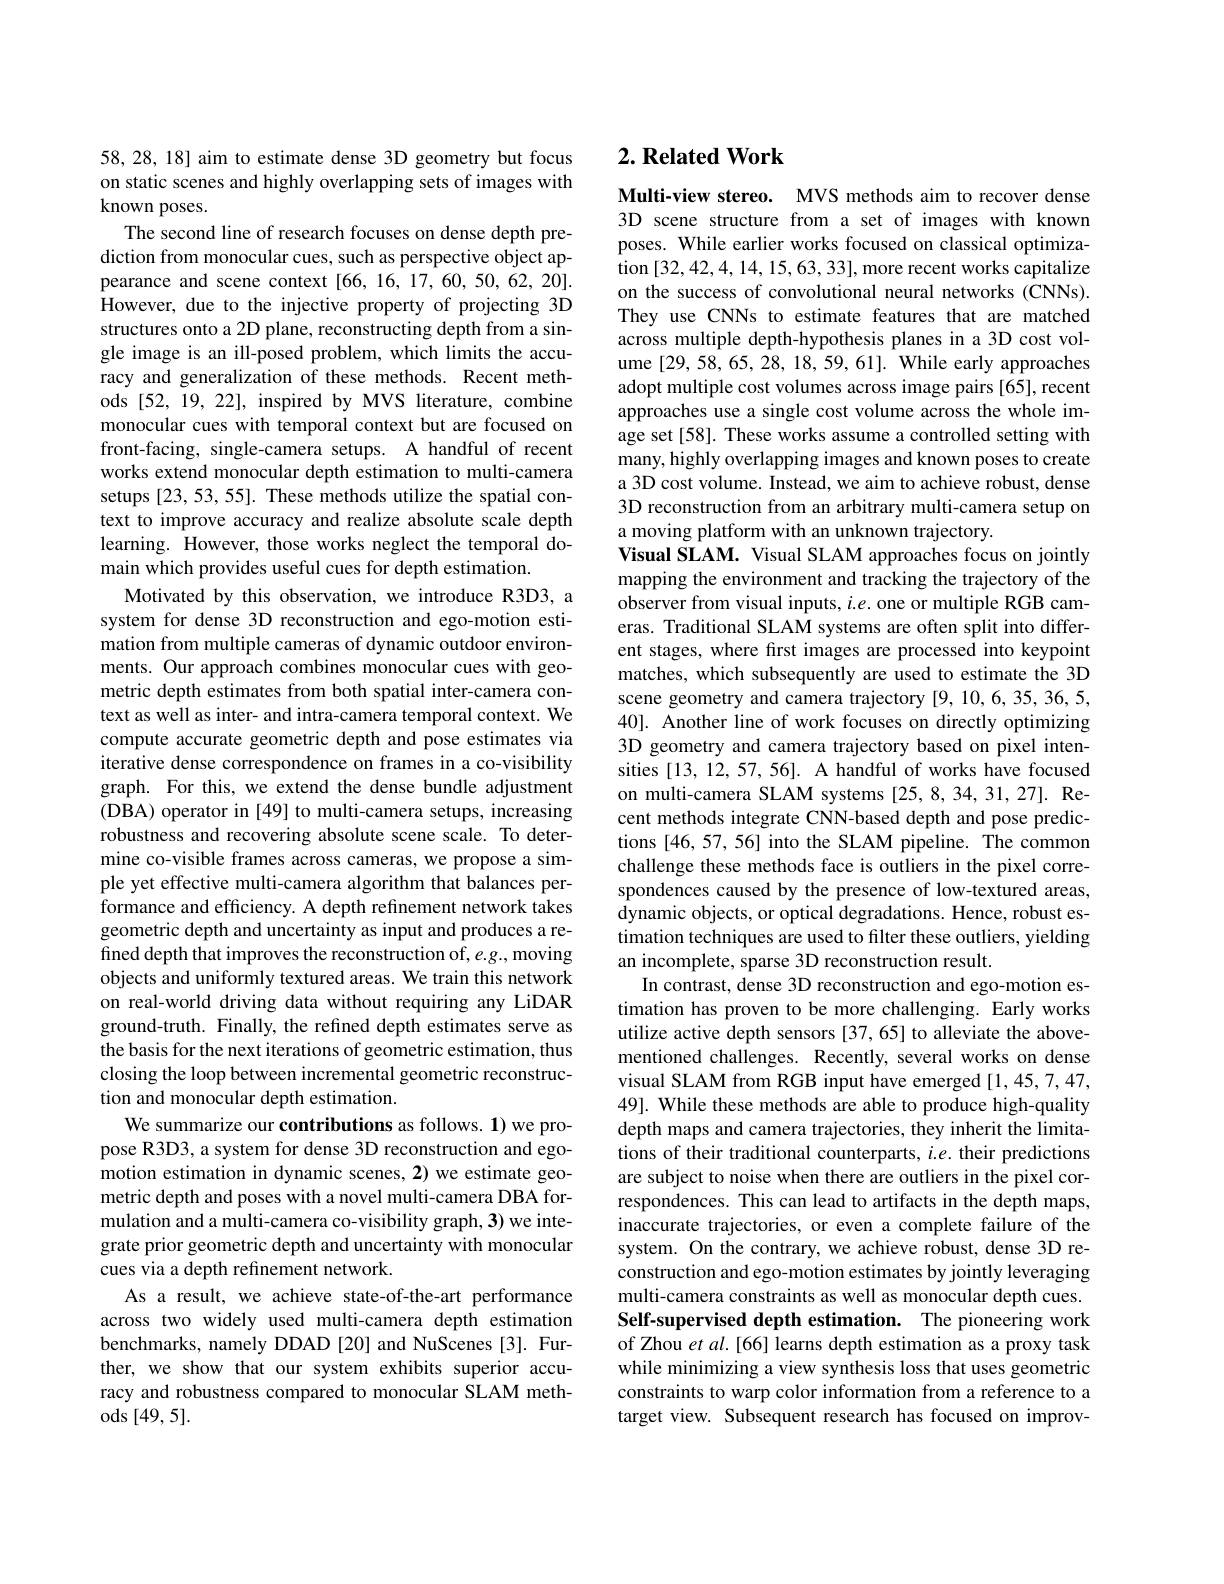
58, 28, 18] aim to estimate dense 3D geometry but focus on static scenes and highly overlapping sets of images with known poses.
The second line of research focuses on dense depth prediction from monocular cues, such as perspective object appearance and scene context[66,16,17,60,50,62,20]. However, due to the injective property of projecting 3D structures onto a 2D plane, reconstructing depth from a single image is an ill-posed problem, which limits the accuracy and generalization of these methods. Recent methods [52, 19, 22], inspired by MVS literature, combine monocular cues with temporal context but are focused on front-facing, single-camera setups. A handful of recent works extend monocular depth estimation to multi-camera setups [23, 53, 55]. These methods utilize the spatial context to improve accuracy and realize absolute scale depth learning. However, those works neglect the temporal domain which provides useful cues for depth estimation.
Motivated by this observation, we introduce R3D3, a system for dense 3D reconstruction and ego-motion estimation from multiple cameras of dynamic outdoor environments. Our approach combines monocular cues with geometric depth estimates from both spatial inter-camera context as well as inter- and intra-camera temporal context. We compute accurate geometric depth and pose estimates via iterative dense correspondence on frames in a co-visibility graph. For this, we extend the dense bundle adjustment (DBA) operator in [49] to multi-camera setups, increasing robustness and recovering absolute scene scale. To determine co-visible frames across cameras, we propose a simple yet effective multi-camera algorithm that balances performance and efficiency. A depth refinement network takes geometric depth and uncertainty as input and produces a refined depth that improves the reconstruction of, e.g., moving objects and uniformly textured areas. We train this network on real-world driving data without requiring any LiDAR ground-truth. Finally, the refined depth estimates serve as the basis for the next iterations of geometric estimation, thus closing the loop between incremental geometric reconstruction and monocular depth estimation.
We summarize our contributions as follows. 1) we propose R3D3, a system for dense 3D reconstruction and egomotion estimation in dynamic scenes, 2) we estimate geometric depth and poses with a novel multi-camera DBA formulation and a multi-camera co-visibility graph, 3) we integrate prior geometric depth and uncertainty with monocular cues via a depth refinement network.
As a result, we achieve state-of-the-art performance across two widely used multi-camera depth estimation benchmarks, namely DDAD [20] and NuScenes [3]. Further, we show that our system exhibits superior accuracy and robustness compared to monocular SLAM methods [ 49, 5] .

# 2. Related Work

Multi-view stereo. MVS methods aim to recover dense 3D scene structure from a set of images with known poses. While earlier works focused on classical optimization [32,42,4,14,15,63,33],more recent works capitalize on the success of convolutional neural networks (CNNs). They use CNNs to estimate features that are matched across multiple depth-hypothesis planes in a 3D cost volume [29,58,65,28,18,59,61]. While early approaches adopt multiple cost volumes across image pairs [65], recent approaches use a single cost volume across the whole image set[58]. These works assume a controlled setting with many, highly overlapping images and known poses to create a 3D cost volume. Instead, we aim to achieve robust, dense 3D reconstruction from an arbitrary multi-camera setup on a moving platform with an unknown trajectory.
Visual SLAM. Visual SLAM approaches focus on jointly mapping the environment and tracking the trajectory of the observer from visual inputs, $i.e.$ one or multiple RGB cameras. Traditional SLAM systems are often split into different stages, where first images are processed into keypoint matches, which subsequently are used to estimate the 3D scene geometry and camera trajectory [9, 10,6, 35, 36, 5, 40]. Another line of work focuses on directly optimizing 3D geometry and camera trajectory based on pixel intensities [13, 12, 57, 56]. A handful of works have focused on multi-camera SLAM systems [25,8,34,31,27]. Recent methods integrate CNN-based depth and pose predictions [46,57,56] into the SLAM pipeline. The common challenge these methods face is outliers in the pixel correspondences caused by the presence of low-textured areas, dynamic objects, or optical degradations. Hence, robust estimation techniques are used to filter these outliers, yielding an incomplete, sparse 3D reconstruction result.
In contrast, dense 3D reconstruction and ego-motion estimation has proven to be more challenging. Early works utilize active depth sensors [37,65] to alleviate the abovementioned challenges. Recently, several works on dense visual SLAM from RGB input have emerged [1,45,7,47, 49]. While these methods are able to produce high-quality depth maps and camera trajectories, they inherit the limitations of their traditional counterparts, $i.e.$ their predictions are subject to noise when there are outliers in the pixel correspondences. This can lead to artifacts in the depth maps, inaccurate trajectories, or even a complete failure of the system. On the contrary, we achieve robust, dense 3D reconstruction and ego-motion estimates by jointly leveraging multi-camera constraints as well as monocular depth cues. Self-supervised depth estimation. The pioneering work of Zhou et al.[66] learns depth estimation as a proxy task while minimizing a view synthesis loss that uses geometric constraints to warp color information from a reference to a target view. Subsequent research has focused on improv-